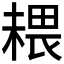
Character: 𰘉